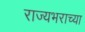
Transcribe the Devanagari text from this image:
राज्यभराच्या